Annual administration report of the Civil Veterinary Department of India - 1894-1895
Year: 1894
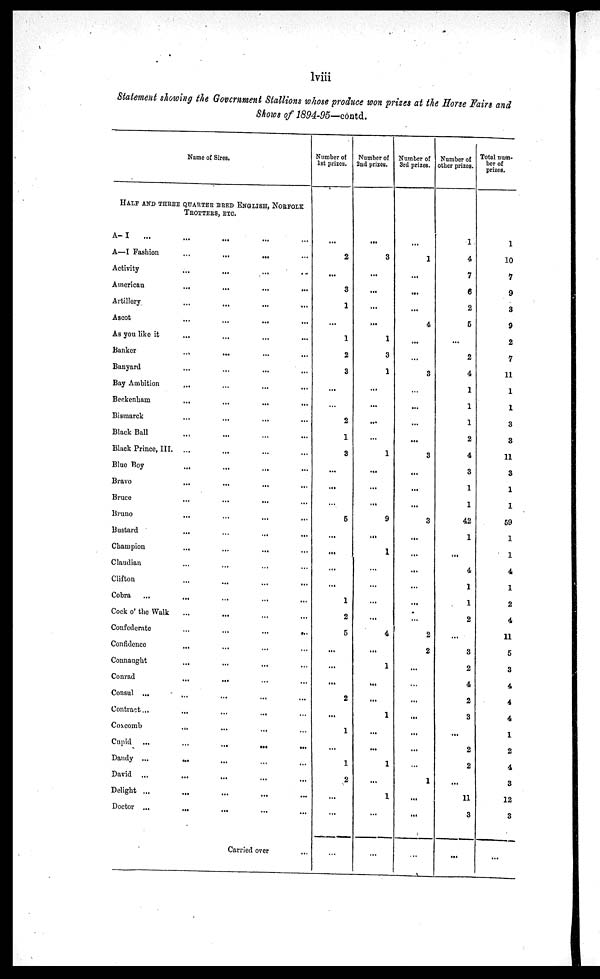
lviii
Statement showing the Government Stallions whose produce won prizes at the Horse Fairs and
Shows of 1894-95—contd.
Name of Sires.
HALF AND THREE QUARTER BRED ENGLISH, NORFOLK
TROTTERS, ETC.
A-I
...
...
...
...
...
A—I Fashion
…
...
...
...
Activity...
...
...
...
American
...
...
...
...
Artillery...
...
... …
Ascot
...
...
...
...
As you like it
...
...
...
...
Banker
...
...
...
...
Banyard
...
...
...
...
Bay Ambition
...
...
...
...
Beckenbam
...
...
...
...
Bismarck
...
...
...
...
Black Ball
...
...
...
...
Black Prince, III. ...
...
...
...
Blue Boy
...
...
...
...
Bravo
...
...
...
...
Bruce
...
...
...
...
Bruno
...
…
...
...
Bustard
...
…
...
...
Champion
...
...
...
...
Claudian
...
... ...
Clifton
...
...
...
...
Cobra
...
...
...
...
Cock o' the Walk
…
...
...
...
Confederate
...
...
...
...
Confidence
...
...
...
...
Connaught
...
...
...
...
Conrad
...
...
...
...
Consul ...
...
...
...
...
Contract
...
...
...
...
...
Concomb
...
...
...
...
Cupid
...
...
...
...
...
Dandy ...
...
...
...
...
David
...
...
...
...
Delight ...
...
...
...
...
Doctor ...
...
...
...
...
Carried over
...
Number of
1st prizes.
...
2
...
3
1
...
1
2
3
...
…
2
1
3
...
...
...
5
...
...
...
...
1
2
5
...
...
...
2
...
1
...
1
2
...
...
…
Number of
2nd prizes.
...
3
...
...
...
...
1
3
1
...
...
...
...
1
...
...
...
9
...
1
...
...
...
...
4
...
1
...
...
1
...
...
1
...
1
...
...
Number of
3rd prizes.
...
1
...
...
...
4
...
...
3
…
...
...
...
3
...
...
...
3
...
...
...
...
...
…
2
2
...
…
...
...
...
...
…
…
...
…
…
Number of
other prize
1
4
7
6
2
5
...
2
4
1
1
1
2
4
3
1
1
42
1
...
4
1
1
2
…
3
2
4
2
3
..
2
2
…
11
3
…
Total num¬
ber of
prizes.
1
10
7
9
3
9
2
7
11
1
1
3
3
11
3
1
1
59
1
1
4
1
2
4
11
5
3
4
4
4
1
2
4
3
12
3
…